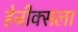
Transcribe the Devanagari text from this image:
हेन्रीक्सला